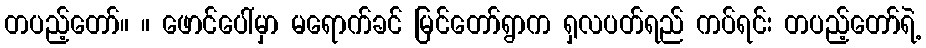
တပည့်တော်။ ။ ဖောင်ပေါ်မှာ မရောက်ခင် မြင်တော်ရွာက ရှလပတ်ရည် ကပ်ရင်း တပည့်တော်ရဲ့